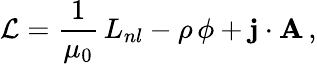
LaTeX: \mathcal{L}=\frac{1}{\mu_{0}}\, L_{nl}-\rho\, \phi+{\mathbf j}\cdot{\mathbf A}\, ,